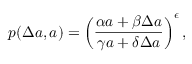
p ( \Delta a , a ) = \left( \frac { \alpha a + \beta \Delta a } { \gamma a + \delta \Delta a } \right) ^ { \epsilon } ,